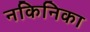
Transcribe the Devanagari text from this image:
नकिनिका